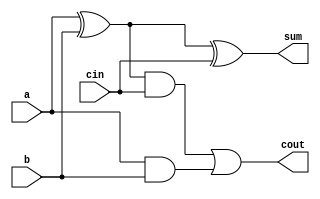
// A 2-bit full adder

module full_adder_gate(
    input       a,           // Data
    input       b,           // Data
    input       cin,         // Carry in
    output      sum,         // Sum of a + b
    output      cout);       // Carry out

    wire        w1, w2, w3;

    // GATE PRIMITIVE
    xor         xor1(w1, a, b);
    xor         xor2(sum, w1, cin);
    and         and1(w2, w1, cin);
    and         and2(w3, a, b);
    or          or1(cout, w2, w3);

endmodule

module full_adder_dataflow(
    input       a,           // Data
    input       b,           // Data
    input       cin,         // Carry in
    output      sum,         // Sum of a + b
    output      cout);       // Carry out

    // CONTINUOUS ASSIGNMENT STATEMENT
    assign sum  = a ^ b ^ cin;
    assign cout = (a & b) | (cin & (a ^ b));

endmodule

module full_adder_behavioral(
    input       a,           // Data
    input       b,           // Data
    input       cin,         // Carry in
    output reg  sum,         // Sum of a + b
    output reg  cout);       // Carry out

    // ALWAYS BLOCK with NON-BLOCKING PROCEDURAL ASSIGNMENT STATEMENT
    always @ ( a or b or cin) begin
        {cout, sum} <= a + b + cin;
    end

endmodule